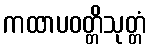
ကထာပဝတ္တိသုတ္တံ